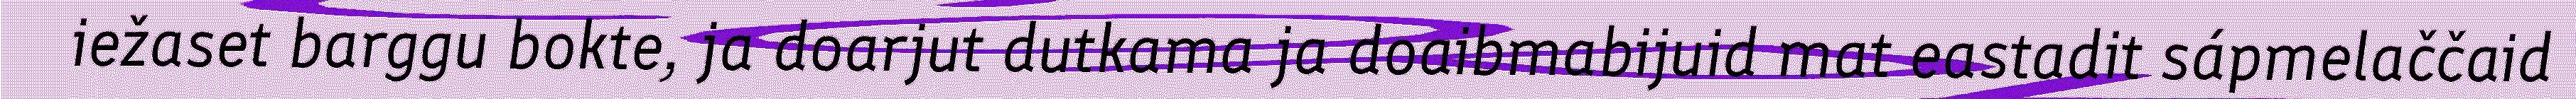
iežaset barggu bokte, ja doarjut dutkama ja doaibmabijuid mat eastadit sápmelaččaid